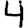
Digit: 4